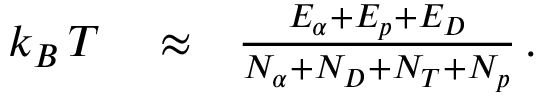
\begin{array} { r l r } { k _ { B } \, T } & { { } \approx } & { \frac { E _ { \alpha } + E _ { p } + E _ { D } } { N _ { \alpha } + N _ { D } + N _ { T } + N _ { p } } \, . } \end{array}